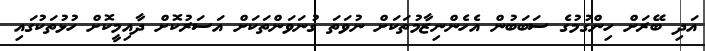
އަދި ބޭރަށް ހިންގުމުގެ ސަބަބުން އެހެންނިޒާމުތަކަށް ނުވަތަ ގުނަވަންތަކަށް އަސަރުކޮށް ދާއިމީކޮށް ހުޅުތަކުގައި